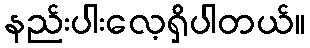
နည်းပါးလေ့ရှိပါတယ်။